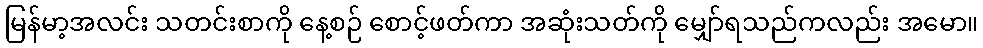
မြန်မာ့အလင်း သတင်းစာကို နေ့စဉ် စောင့်ဖတ်ကာ အဆုံးသတ်ကို မျှော်ရသည်ကလည်း အမော။